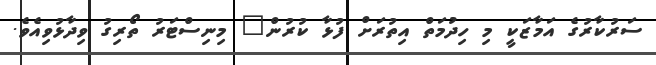
ސަރުކާރުގެ އަމާޒަކީ މި ހިދުމަތް އިތުރަށް ފުޅާ ކުރުން" މިނިސްޓަރު ތޯރިގު ވިދާޅުވިއެވެ.